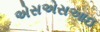
એસએસઆઇ